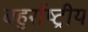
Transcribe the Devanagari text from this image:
बहुर्राष्ट्रीय